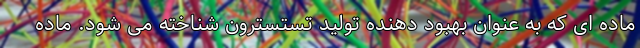
ماده ای که به عنوان بهبود دهنده تولید تستسترون شناخته می شود. ماده